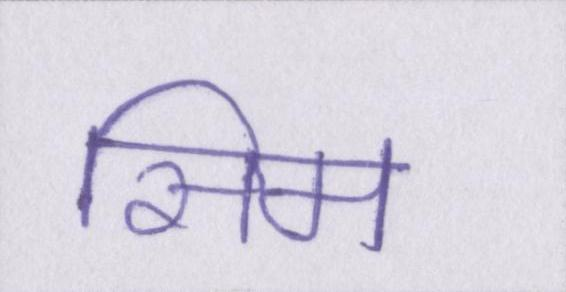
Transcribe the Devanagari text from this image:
सिम